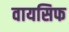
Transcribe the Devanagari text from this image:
वायसिफ